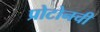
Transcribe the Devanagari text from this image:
प्रोटोनची